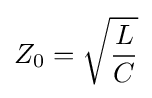
Z_{0}={\sqrt {\frac {L}{C}}}